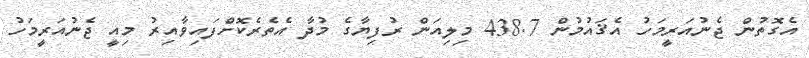
އެގޮތުން ޖެނުއަރީމަހު އެޤައުމުން 438.7 މިލިއަން ރުފިޔާގެ މުދާ އެތެރެކޮށްފައިވާއިރު މިއީ ޖެނުއަރީމަހު